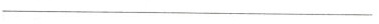
___